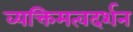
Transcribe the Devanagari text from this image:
व्यक्तिमत्वदर्शन